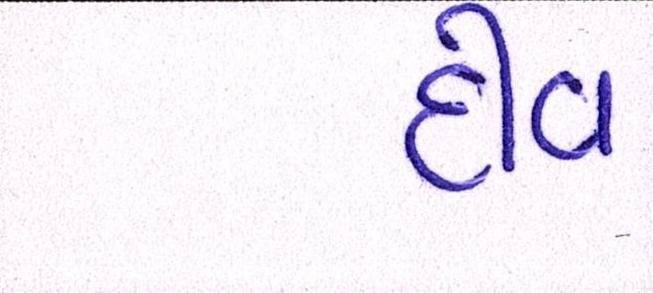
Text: દીવ